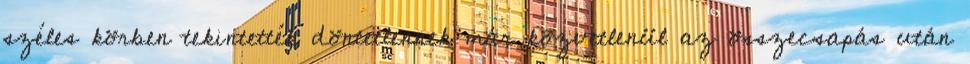
széles körben tekintették döntetlennek már közvetlenül az összecsapás után